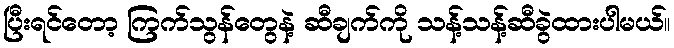
ပြီးရင်တော့ ကြက်သွန်တွေနဲ့ ဆီချက်ကို သန့်သန့်ဆီခွဲထားပါမယ်။